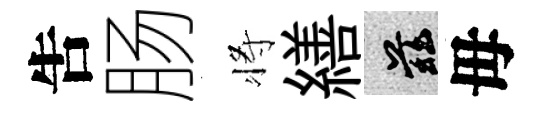
吿肠将繕兹毋